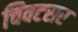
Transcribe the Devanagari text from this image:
चिवटसर